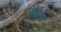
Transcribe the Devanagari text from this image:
रीमला